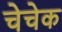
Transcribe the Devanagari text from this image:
चेचेक